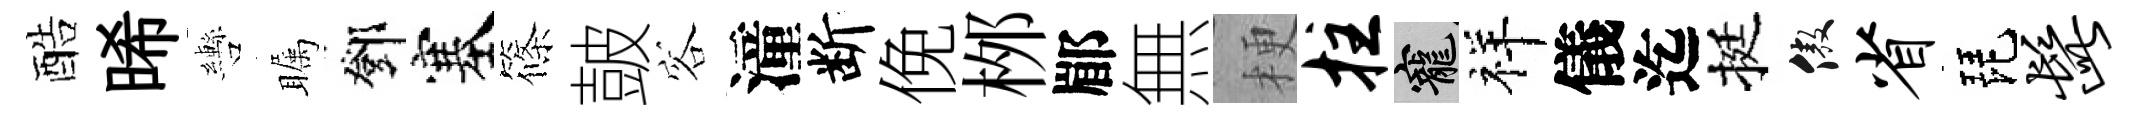
酷晞轡瞩鄧塞篠皷容潼断俛桞郿無梗拄寵祥儀迄挺傲省琵髭